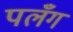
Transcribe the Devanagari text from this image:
पलँग